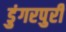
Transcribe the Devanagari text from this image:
डुंगरपुरी